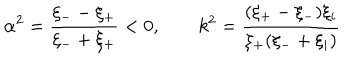
LaTeX: \alpha ^ { 2 } = \frac { \xi _ { -- } \xi _ { + } } { \xi _ { - } + \xi _ { + } } < 0 , \qquad k ^ { 2 } = \frac { ( \xi _ { + } - \xi _ { - } ) \xi _ { i } } { \xi _ { + } ( \xi _ { - } + \xi _ { i } ) }